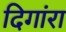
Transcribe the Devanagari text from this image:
दिगांरा